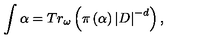
\int \alpha = T r _ { \omega } \left( \pi \left( \alpha \right) \left| D \right| ^ { - d } \right) ,